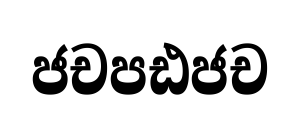
ජචපඪජච